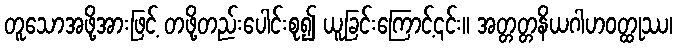
တူသောအဖို့အားဖြင့် တဖို့တည်းပေါင်းစု၍ ယူခြင်းကြောင့်၎င်း။ အတ္တတ္တနိယဂါဟဝတ္ထုဿ၊